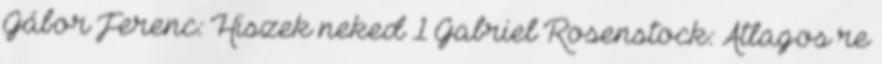
Gábor Ferenc: Hiszek neked 1 Gabriel Rosenstock: Átlagos re